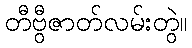
တီဗွီဇာတ်လမ်းတွဲ။